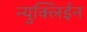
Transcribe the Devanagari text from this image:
न्युक्लिईन